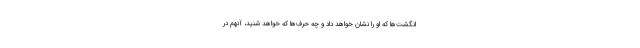
انگشت‌ها که او را نشان خواهد داد و چه حرف‌ها که خواهد شنید، آنهم در